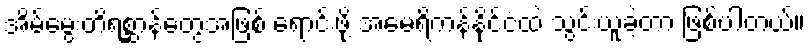
အိမ်မွေးတိရစ္ဆာန်တွေအဖြစ် ရောင်းဖို့ အမေရိကန်နိုင်ငံထဲ သွင်းယူခဲ့တာ ဖြစ်ပါတယ်။